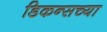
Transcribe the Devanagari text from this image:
डिकन्सच्या